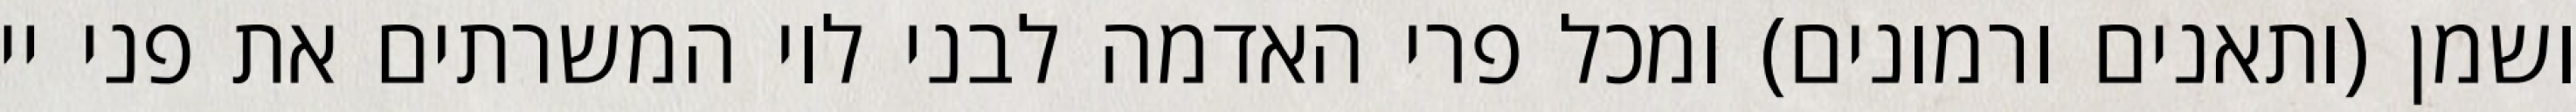
ושמן (ותאנים ורמונים) ומכל פרי האדמה לבני לוי המשרתים את פני יי